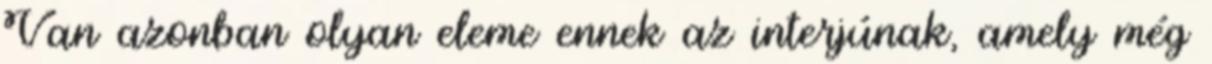
Van azonban olyan eleme ennek az interjúnak, amely még